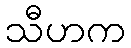
သီဟက